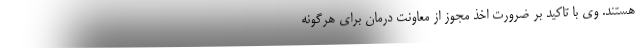
هستند. وی با تاکید بر ضرورت اخذ مجوز از معاونت درمان برای هرگونه